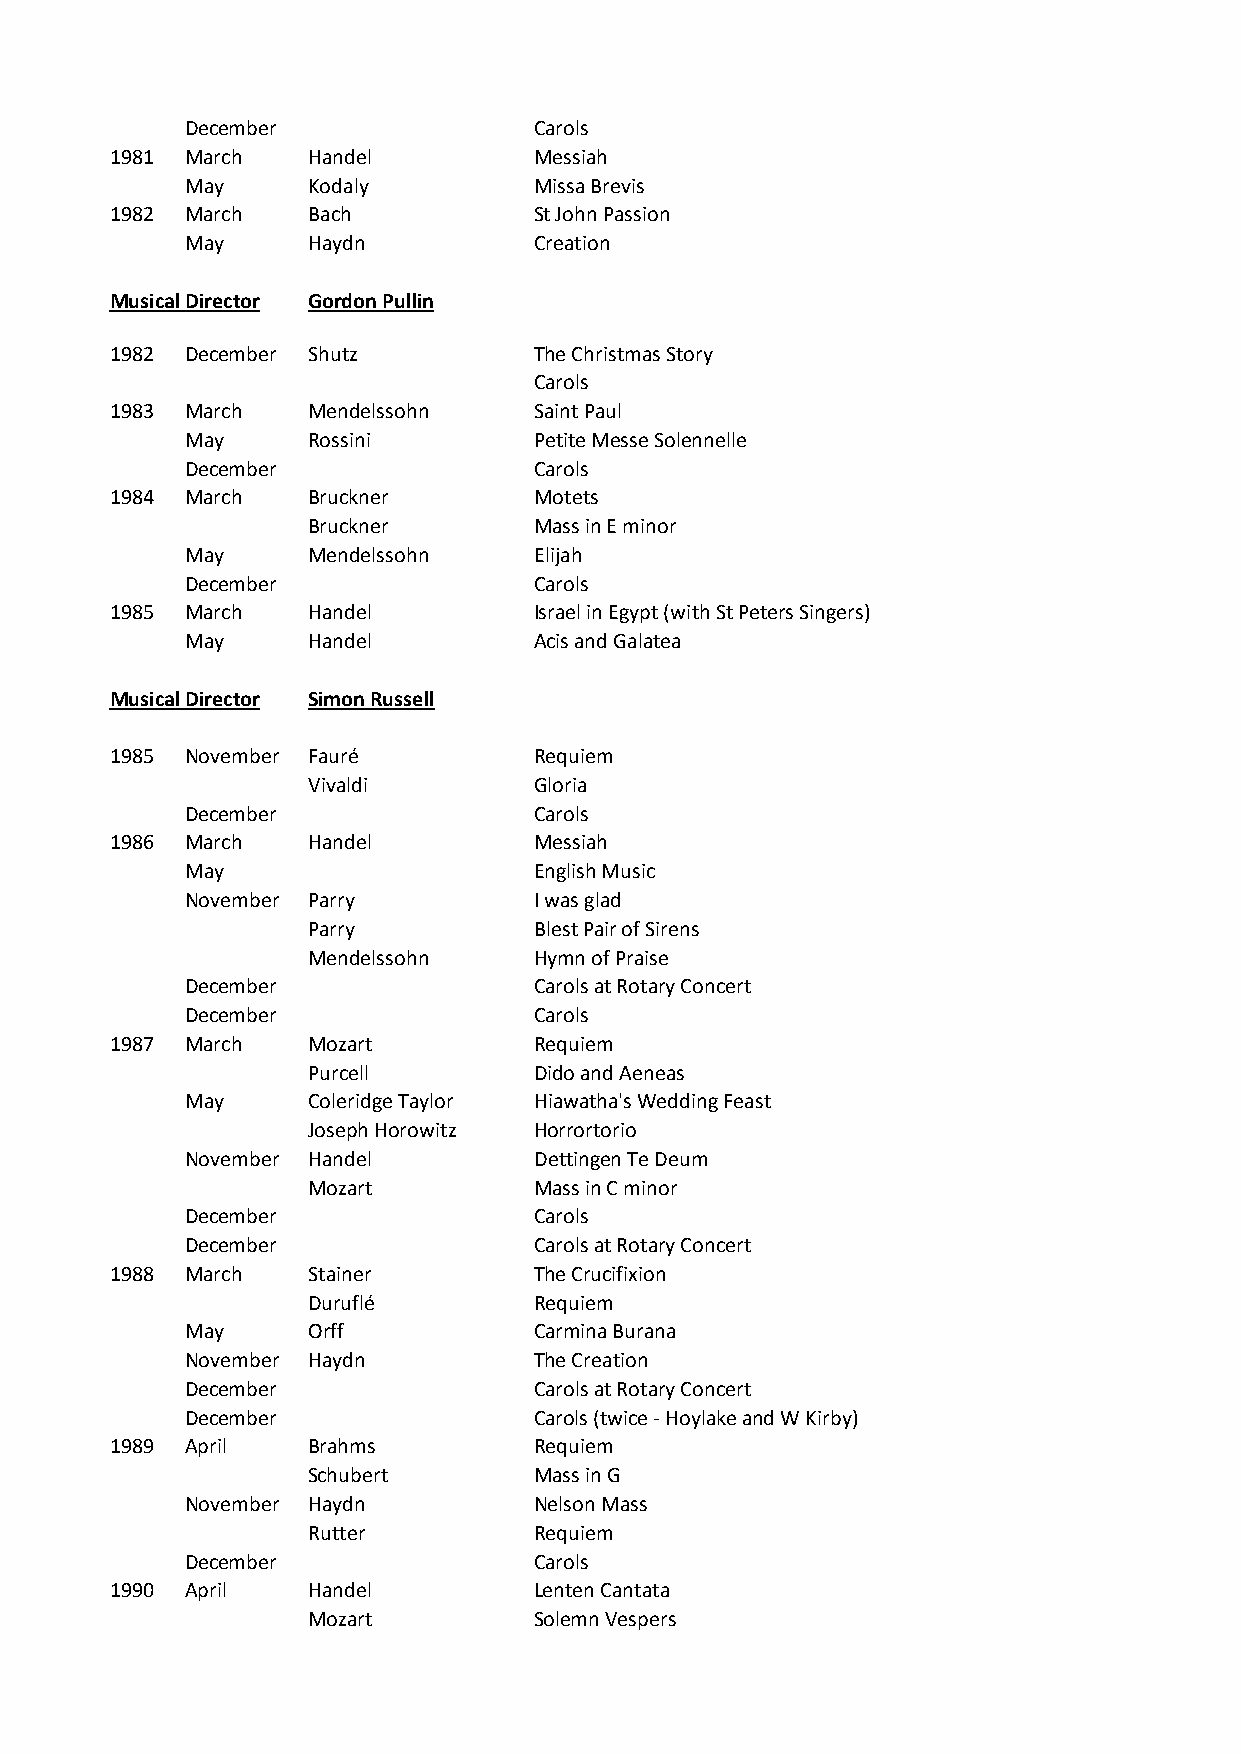
December               Carols
 1981 March   Handel         Messiah
 May     Kodaly         Missa Brevis
 1982 March   Bach           St John Passion
 May     Haydn          Creation
 Musical Director Gordon Pullin
 1982 December Shutz         The Christmas Story
 Carols
 1983 March   Mendelssohn    Saint Paul
 May     Rossini        Petite Messe Solennelle
 December               Carols
 1984 March   Bruckner       Motets
 Bruckner       Mass in E minor
 May     Mendelssohn    Elijah
 December               Carols
 1985 March   Handel         Israel in Egypt (with St Peters Singers)
 May     Handel         Acis and Galatea
 Musical Director Simon Russell
 1985 November Fauré         Requiem
 Vivaldi        Gloria
 December               Carols
 1986 March   Handel         Messiah
 May                    English Music
 November Parry         I was glad
 Parry          Blest Pair of Sirens
 Mendelssohn    Hymn of Praise
 December               Carols at Rotary Concert
 December               Carols
 1987 March   Mozart         Requiem
 Purcell        Dido and Aeneas
 May     Coleridge Taylor Hiawatha's Wedding Feast
 Joseph Horowitz Horrortorio
 November Handel        Dettingen Te Deum
 Mozart         Mass in C minor
 December               Carols
 December               Carols at Rotary Concert
 1988 March   Stainer        The Crucifixion
 Duruflé        Requiem
 May     Orff           Carmina Burana
 November Haydn         The Creation
 December               Carols at Rotary Concert
 December               Carols (twice - Hoylake and W Kirby)
 1989 April   Brahms         Requiem
 Schubert       Mass in G
 November Haydn         Nelson Mass
 Rutter         Requiem
 December               Carols
 1990 April   Handel         Lenten Cantata
 Mozart         Solemn Vespers